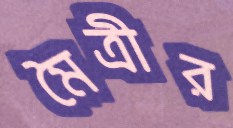
মৈত্রীর